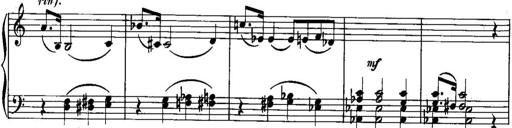
Title: Piano Sonatina No.1, Op.146
Composer: Stephen Heller